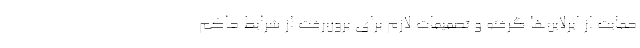
حمایت از ایرلاین‌ها گرفته و تصمیمات لازم برای برون‌رفت از شرایط حاکم